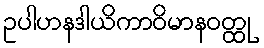
ဥပါဟနဒါယိကာဝိမာနဝတ္ထု